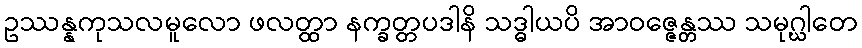
ဥဿန္နကုသလမူလော ဖလတ္ထာ နက္ခတ္တပဒါနိ သဒ္ဓါယပိ အာဝဇ္ဇေန္တဿ သမုဂ္ဃါတေ